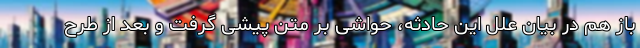
باز هم در بیان علل این حادثه، حواشی بر متن پیشی گرفت و بعد از طرح